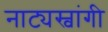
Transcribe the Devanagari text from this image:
नाट्यस्वांगी